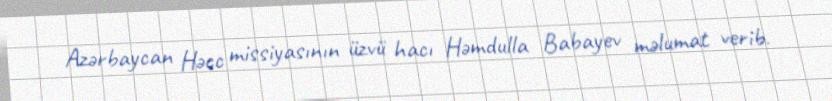
Azərbaycan Həcc missiyasının üzvü hacı Həmdulla Babayev məlumat verib.